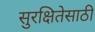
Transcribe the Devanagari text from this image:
सुरक्षितेसाठी